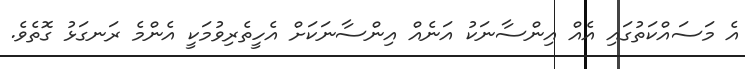
އެ މަސައްކަތުގައި އެއް އިންސާނަކު އަނެއް އިންސާނަކަށް އެހީތެރިވުމަކީ އެންމެ ރަނގަޅު ގޮތެވެ.